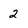
Character: 2